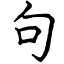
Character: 句